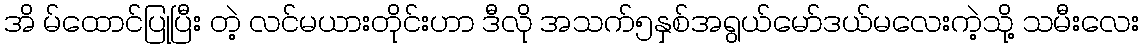
အိ မ်ထောင်ပြုပြီး တဲ့ လင်မယားတိုင်းဟာ ဒီလို အသက်၅နှစ်အရွယ်မော်ဒယ်မလေးကဲ့သို့ သမီးလေး